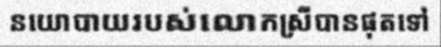
នយោបាយរបស់លោកស្រីបានផុតទៅ